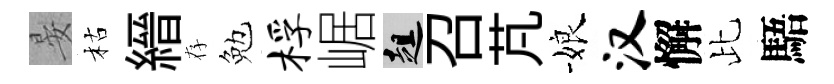
晏枯縉存勉桴崌趄召芃娘汉懈比䮏